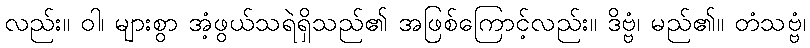
လည်း။ ဝါ၊ များစွာ အံ့ဖွယ်သရဲရှိသည်၏ အဖြစ်ကြောင့်လည်း။ ဒိဗ္ဗံ၊ မည်၏။ တံသဗ္ဗံ၊